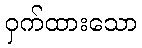
ဝှက်ထားသော